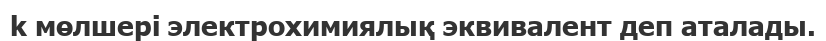
k мөлшері электрохимиялық эквивалент деп аталады.